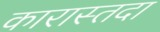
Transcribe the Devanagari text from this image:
कारास्तदा